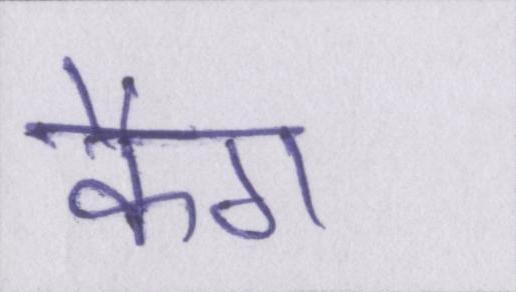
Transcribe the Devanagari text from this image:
कैग